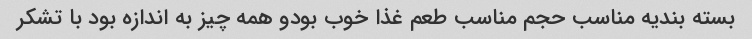
بسته بندیه مناسب حجم مناسب طعم غذا خوب بودو همه چیز به اندازه بود با تشکر